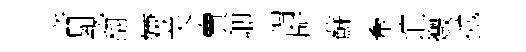
音覩翻嫌关賣卿謂所蘇牽谊燬拋